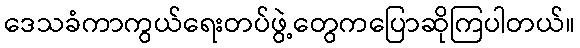
ဒေသခံကာကွယ်ရေးတပ်ဖွဲ့တွေကပြောဆိုကြပါတယ်။